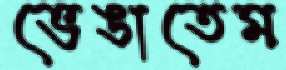
ভেঙাতেম